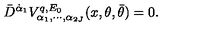
\bar { D } ^ { \dot { \alpha } _ { 1 } } V _ { \alpha _ { 1 } , \cdots , \alpha _ { 2 J } } ^ { q , E _ { 0 } } ( x , \theta , \bar { \theta } ) = 0 .